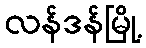
လန်ဒန်မြို့